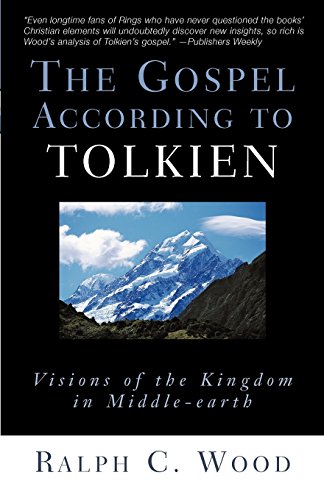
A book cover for The Gospel According to Tolkien: Visions of the Kingdom in Middle-earth; Ralph C. Wood; Science Fiction & Fantasy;